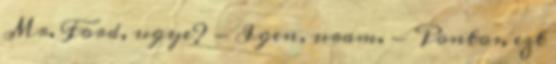
Mr. Ford, ugye? - Igen, uram. - Pontos, ezt